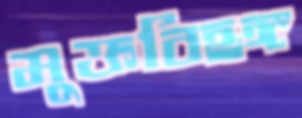
মুক্তবিহঙ্গ